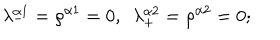
\lambda _ { - } ^ { \alpha 1 } = \rho ^ { \alpha 1 } = 0 , \ \ \lambda _ { + } ^ { \alpha 2 } = \rho ^ { \alpha 2 } = 0 ;